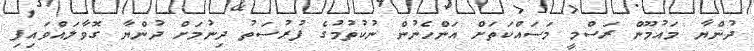
ދުންޔާ މައުމޫން ރަސްމީ މަސައްކަތަށް އަންހެނުން ނުކުތުމުގެ ފުރުސަތު ދިނުމަށް ދުންޔާ ގޮވާލައްވައިފި